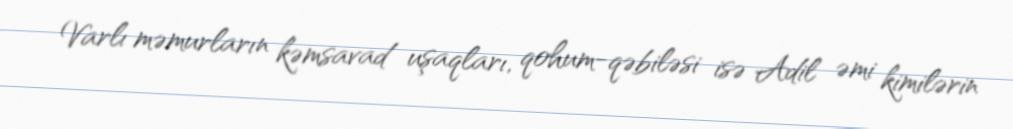
Varlı məmurların kəmsavad uşaqları, qohum-qəbiləsi isə Adil əmi kimilərin